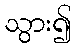
သွား၍